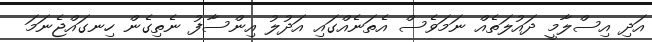
އަދި އިސްލާމީ ދައުލަތެއް ނަމަވެސް އެތަނެއްގައި އަދުލު އިންސާފު ނެތިގެން ހިނގައްޖެނަމަ